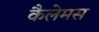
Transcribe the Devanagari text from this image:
कैलेमस